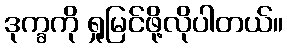
ဒုက္ခကို ရှုမြင်ဖို့လိုပါတယ်။